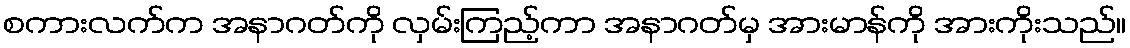
စကားလက်က အနာဂတ်ကို လှမ်းကြည့်ကာ အနာဂတ်မှ အားမာန်ကို အားကိုးသည်။